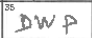
Transcription: DWP